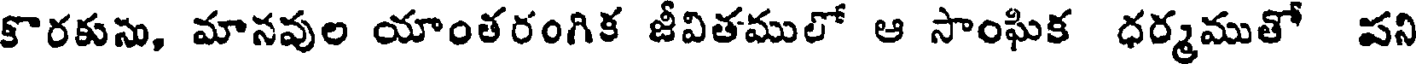
కొరకుసు, మానవుల యాంతరంగిక జీవితములో ఆ సాంఘిక ధర్మముతో పని